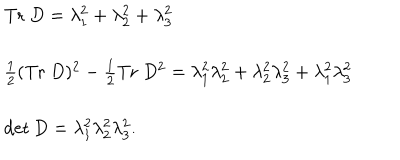
\begin{array} { l } { { \mathrm { T r } ~ D = \lambda _ { 1 } ^ { 2 } + \lambda _ { 2 } ^ { 2 } + \lambda _ { 3 } ^ { 2 } } } \\ { { \frac { 1 } { 2 } ( \mathrm { T r } ~ D ) ^ { 2 } - \frac { 1 } { 2 } \mathrm { T r } ~ D ^ { 2 } = \lambda _ { 1 } ^ { 2 } \lambda _ { 2 } ^ { 2 } + \lambda _ { 2 } ^ { 2 } \lambda _ { 3 } ^ { 2 } + \lambda _ { 1 } ^ { 2 } \lambda _ { 3 } ^ { 2 } } } \\ { { \det D = \lambda _ { 1 } ^ { 2 } \lambda _ { 2 } ^ { 2 } \lambda _ { 3 } ^ { 2 } . } } \\ \end{array}